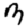
Digit: 3